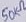
Text: 50KΩ